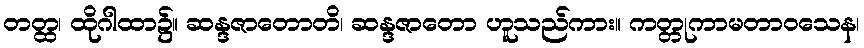
တတ္ထ၊ ထိုဂါထာ၌။ ဆန္ဒဇာတောတိ၊ ဆန္ဒဇာတော ဟူသည်ကား။ ကတ္တုကာမတာဝသေန၊